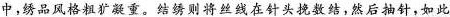
中，